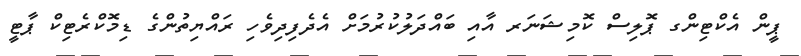
ޕީން އެކްޓިންގ ޕޮލިސް ކޮމިޝަނަރ އާއި ބައްދަލުކުރުމަށް އެދެފިދިވެހި ރައްޔިތުންގެ ޑިމޮކްރެޓިކް ޕާޓީ